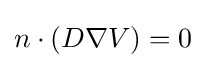
n\cdot (D\nabla V)=0